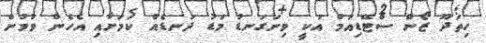
ހިތަދޫ ޒޯން ސްޓޭޑިއަމް އަކީ ވިނަގަނޑު މަޑު ދަނޑެއް ކަމަށާއި އެހެން ވުމުން